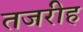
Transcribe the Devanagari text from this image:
तजरीह